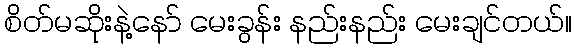
စိတ်မဆိုးနဲ့နော် မေးခွန်း နည်းနည်း မေးချင်တယ်။